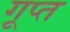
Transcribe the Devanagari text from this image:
गूप्त